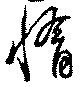
惰